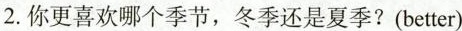
2.你更喜欢哪个季节，冬季还是夏季?(better)